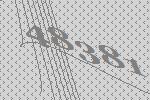
48381